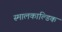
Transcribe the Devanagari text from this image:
स्मालकाल्डिक